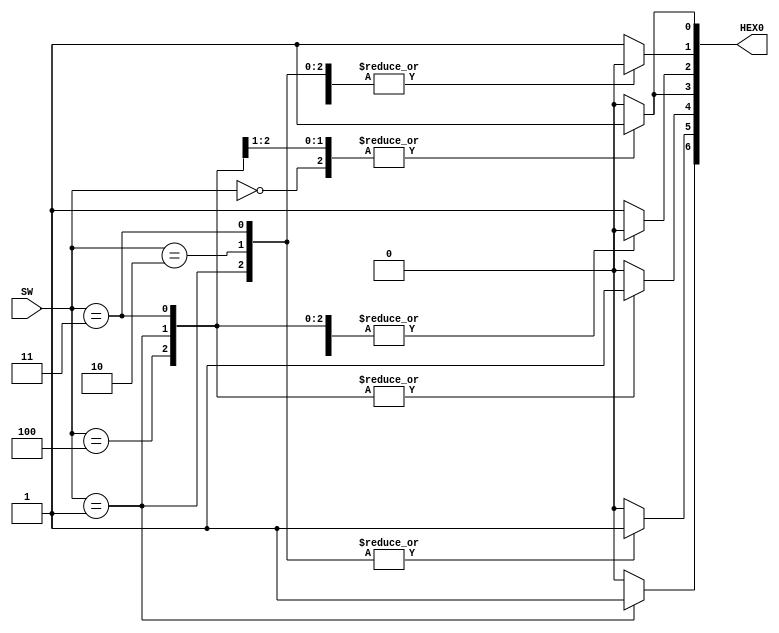
module codificadorBCD(input [3:0]SW, output [6:0]HEX0);

	reg [8:0] val;
	assign HEX0 = val;

	//comea com 0000 = entre andares = H
	//Se tiver mais de uma ligada da erro = E
	always @(SW) begin
	case (SW)
		3'b000: begin
			 val[0] <= 1;
			 val[1] <= 0;
			 val[2] <= 0;
			 val[3] <= 1;
			 val[4] <= 0;
			 val[5] <= 0;
			 val[6] <= 0;
		end
		 3'b001: begin
			 val[0] <= 1;
			 val[1] <= 0;
			 val[2] <= 0;
			 val[3] <= 1;
			 val[4] <= 1;
			 val[5] <= 1;
			 val[6] <= 1;
			 end
		 3'b010:begin
			 val[0] <= 0;
			 val[1] <= 0;
			 val[2] <= 1;
			 val[3] <= 0;
			 val[4] <= 0;
			 val[5] <= 1;
			 val[6] <= 0;
			 end
		 3'b011: begin
			 val[0] <= 0;
			 val[1] <= 0;
			 val[2] <= 0;
			 val[3] <= 0;
			 val[4] <= 1;
			 val[5] <= 1;
			 val[6] <= 0;
			 end
		  3'b100: begin
			 val[0] <= 1;
			 val[1] <= 0;
			 val[2] <= 0;
			 val[3] <= 1;
			 val[4] <= 1;
			 val[5] <= 0;
			 val[6] <= 0;
			 end
			 
		 default: begin
			 val[0] <= 0;
			 val[1] <= 1;
			 val[2] <= 1;
			 val[3] <= 0;
			 val[4] <= 0;
			 val[5] <= 0;
			 val[6] <= 0;
			 end
			 
				
		endcase
	end
endmodule